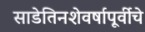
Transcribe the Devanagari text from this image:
साडेतिनशेवर्षापूर्वीचे